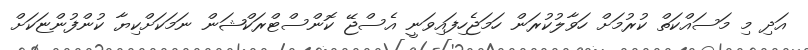
އަދި މި މަސައްކަތް ކުރުމަށް ހަވާލުކުރަން ހަމަޖެހިފައިވަނީ އެސްޖޭ ކޮންސްޓްރަކްޝަން ނަމަކަށްކިޔާ ކުންފުންޏަކަށް